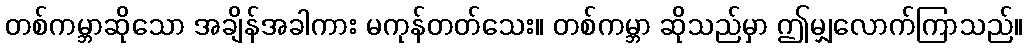
တစ်ကမ္ဘာဆိုသော အချိန်အခါကား မကုန်တတ်သေး။ တစ်ကမ္ဘာ ဆိုသည်မှာ ဤမျှလောက်ကြာသည်။